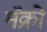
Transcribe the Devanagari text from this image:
मॅक्रो